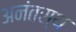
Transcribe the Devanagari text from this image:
अनंतस्थ